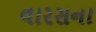
વારસના